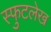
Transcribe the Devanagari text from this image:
स्फुटलेख